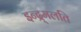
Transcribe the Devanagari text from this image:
इन्द्र्मलति